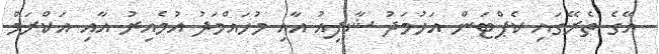
އޭގެ ތެރޭގައި ކެޕްޓަން އަހުމަދު ޝާފިއު އާއި މުހައްމަދު އުމެއިރު އާއި އަކްރަމް